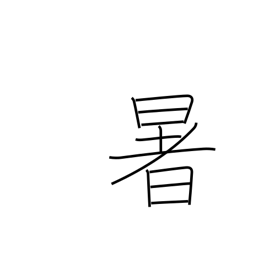
Meaning: sultry